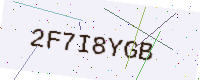
Text: 2F7I8YGB